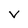
Character: V